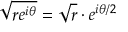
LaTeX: { \sqrt { r e ^ { i \theta } } } = { \sqrt { r } } \cdot e ^ { i \theta / 2 }